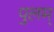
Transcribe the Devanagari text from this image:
पुलम्